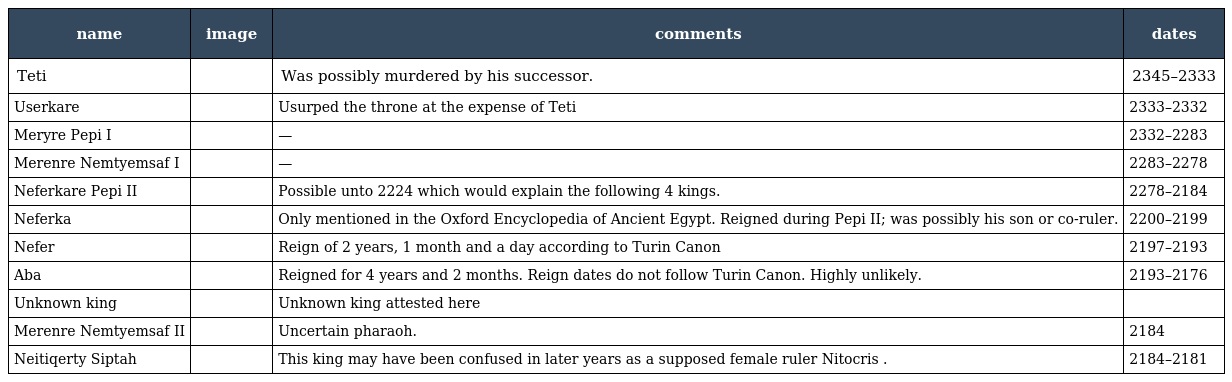
| name | image | comments | dates |
 | --- | --- | --- | --- |
 | Teti |  | Was possibly murdered by his successor. | 2345–2333 |
 | Userkare |  | Usurped the throne at the expense of Teti | 2333–2332 |
 | Meryre Pepi I |  | — | 2332–2283 |
 | Merenre Nemtyemsaf I |  | — | 2283–2278 |
 | Neferkare Pepi II |  | Possible unto 2224 which would explain the following 4 kings. | 2278–2184 |
 | Neferka |  | Only mentioned in the Oxford Encyclopedia of Ancient Egypt. Reigned during Pepi II; was possibly his son or co-ruler. | 2200–2199 |
 | Nefer |  | Reign of 2 years, 1 month and a day according to Turin Canon | 2197–2193 |
 | Aba |  | Reigned for 4 years and 2 months. Reign dates do not follow Turin Canon. Highly unlikely. | 2193–2176 |
 | Unknown king |  | Unknown king attested here |  |
 | Merenre Nemtyemsaf II |  | Uncertain pharaoh. | 2184 |
 | Neitiqerty Siptah |  | This king may have been confused in later years as a supposed female ruler Nitocris . | 2184–2181 |